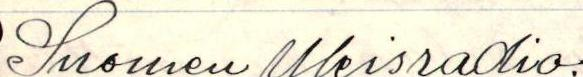
Suomen Yleisradio.